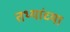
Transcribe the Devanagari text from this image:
तथ्‍यांच्‍या